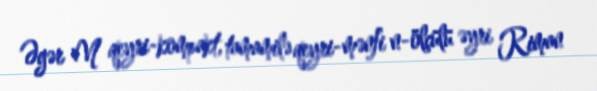
Əgər M qeyri-kompakt, tamamilə qeyri-mənfi n-ölçülü əyri Riman